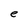
Character: e